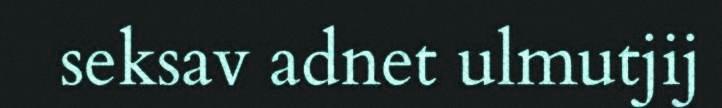
seksav adnet ulmutjij